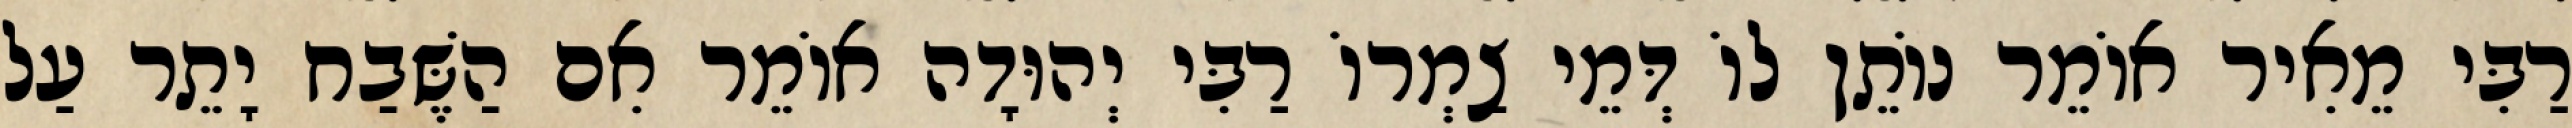
רַבִּי מֵאִיר אוֹמֵר נוֹתֵן לוֹ דְּמֵי צַמְרוֹ רַבִּי יְהוּדָה אוֹמֵר אִם הַשֶּׁבַח יָתֵר עַל